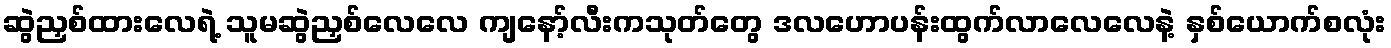
ဆွဲညှစ်ထားလေရဲ့ သူမဆွဲညှစ်လေလေ ကျနော့်လီးကသုတ်တွေ ဒလဟောပန်းထွက်လာလေလေနဲ့ နှစ်ယောက်စလုံး